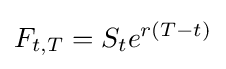
F_{t,T}=S_{t}e^{r(T-t)}